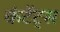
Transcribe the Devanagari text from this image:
कंटेंट्स